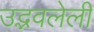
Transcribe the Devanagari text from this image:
उद्भवलेली